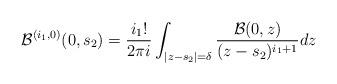
LaTeX: \begin{align*} \mathcal{B}^{(i_1,0)}(0,s_2) = \frac{i_1 !}{2 \pi i} \int_{|z-s_2|=\delta} \frac{\mathcal{B}(0,z)}{(z-s_2)^{i_1+1}} dz \end{align*}